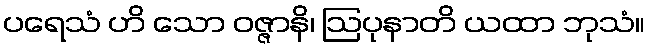
ပရေသံ ဟိ သော ဝဇ္ဇာနိ၊ ဩပုနာတိ ယထာ ဘုသံ။